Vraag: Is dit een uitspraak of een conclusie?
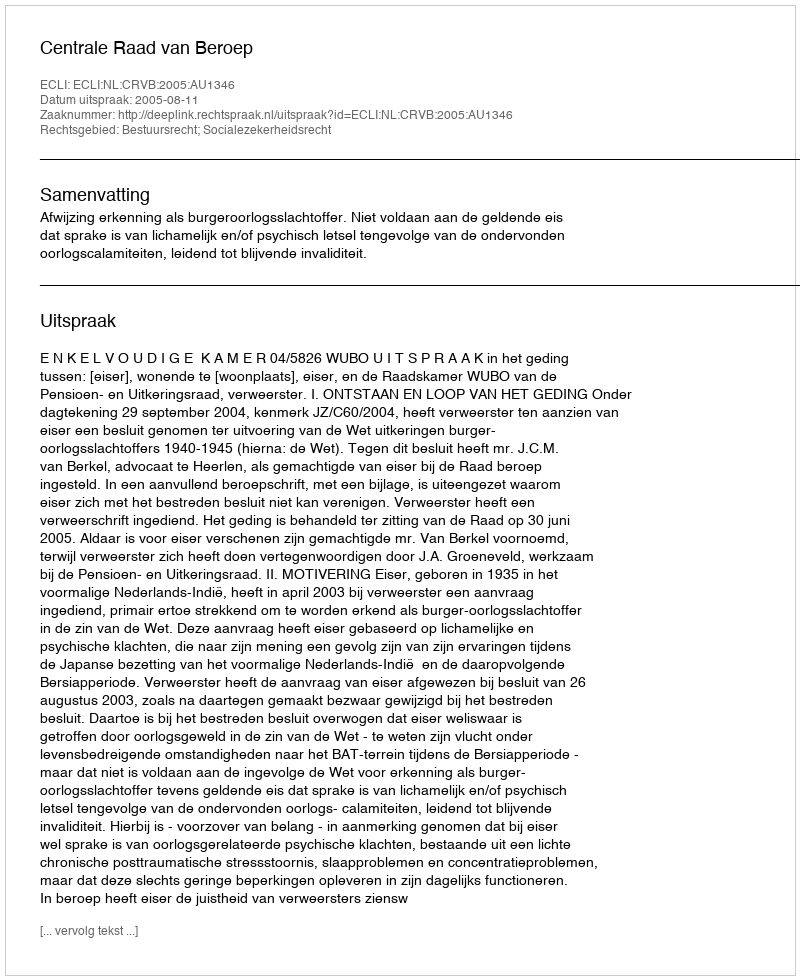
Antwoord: Uitspraak